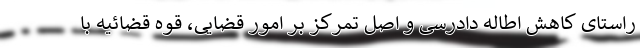
راستای کاهش اطاله دادرسی و اصل تمرکز بر امور قضایی، قوه قضائیه با